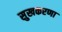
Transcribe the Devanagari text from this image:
सुखकरणा